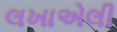
લખાએલી